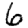
Digit: 6